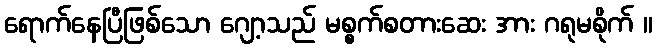
ရောက်နေပြီဖြစ်သော ဂျော့သည် မစ္စက်စတားဆေး အား ဂရုမစိုက် ။